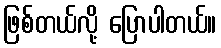
ဖြစ်တယ်လို့ ပြောပါတယ်။